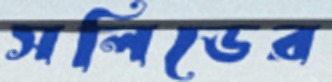
সলিডের